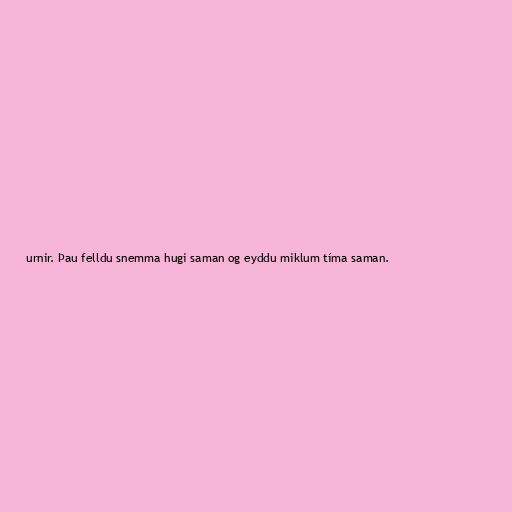
urnir. Þau felldu snemma hugi saman og eyddu miklum tíma saman.